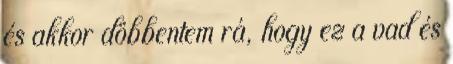
és akkor döbbentem rá, hogy ez a vad és